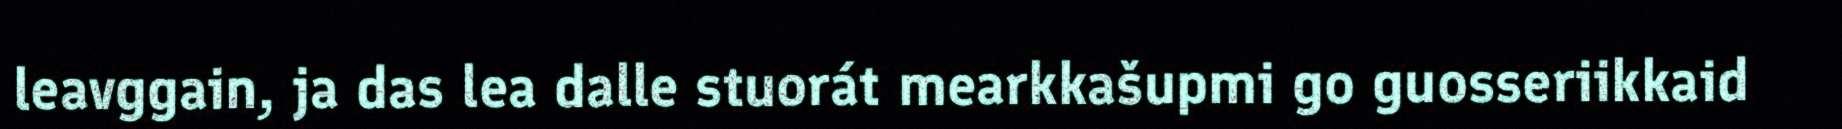
leavggain, ja das lea dalle stuorát mearkkašupmi go guosseriikkaid